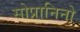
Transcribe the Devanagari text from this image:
सोप्रानिनो